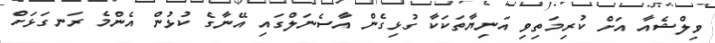
ވިލްޝެއާ އަށް ކުރިމަތިވި އަނިޔާތަކަކާ ގުޅިގެން އާސެނަލްގައި އޭނާގެ ކުޅުން އެންމެ ރަނގަޅަށް